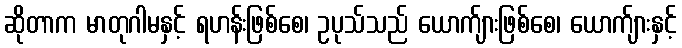
ဆိုတာက မာတုဂါမနှင့် ရဟန်းဖြစ်စေ၊ ဥပုသ်သည် ယောက်ျားဖြစ်စေ၊ ယောက်ျားနှင့်